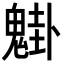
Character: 𩳴